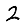
Digit: 2